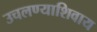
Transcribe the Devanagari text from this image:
उचलण्याशिवाय